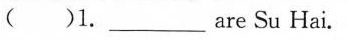
( )1.___ are Su Hai.